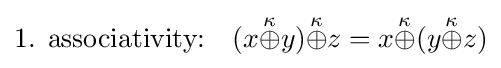
{\text{1. associativity:}}\quad (x{\stackrel {\kappa }{\oplus }}y){\stackrel {\kappa }{\oplus }}z=x{\stackrel {\kappa }{\oplus }}(y{\stackrel {\kappa }{\oplus }}z)